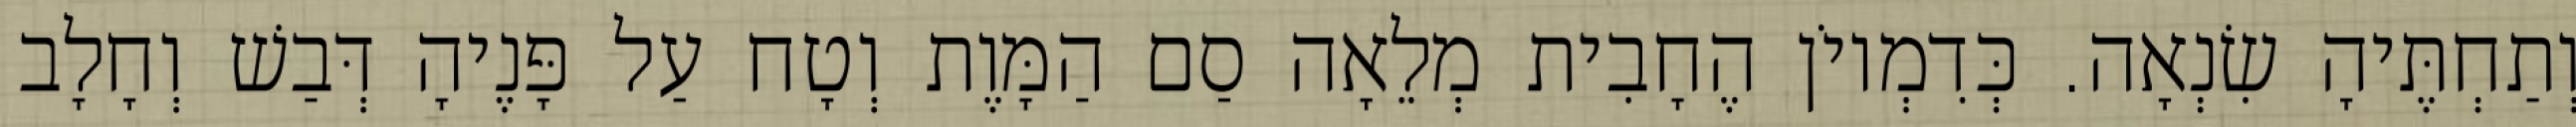
וְתַחְתֶּיהָ שִׂנְאָה. כְּדִמְיוֹן הֶחָבִית מְלֵאָה סַם הַמָּוֶת וְטָח עַל פָּנֶיהָ דְּבַשׁ וְחָלָב